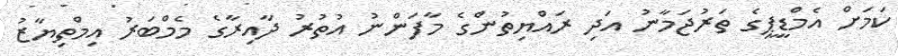
ކަމަށް އެމްޑީޕީގެ ތަރުޖަމާނު އަދި ރައްޔިތުންގެ މާފަންނު އުތުރު ދާއިރާގެ މެމްބަރު އިމްތިޔާޒު